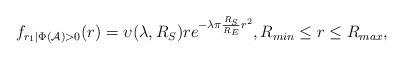
LaTeX: \begin{align*} f_{r_1|\Phi(\mathcal{A})>0}(r)=\upsilon(\lambda,R_S)re^{-\lambda\pi\frac{R_S}{R_E}r^2}, R_{min}\leq r \leq R_{max},\end{align*}